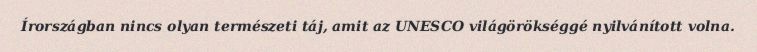
Írországban nincs olyan természeti táj, amit az UNESCO világörökséggé nyilvánított volna.